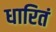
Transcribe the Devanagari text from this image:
धारितं